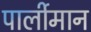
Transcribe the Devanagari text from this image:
पार्लीमान